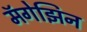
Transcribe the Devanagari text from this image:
मॅगेझिन